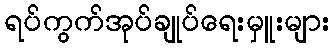
ရပ်ကွက်အုပ်ချုပ်ရေးမှူးများ